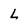
Character: L